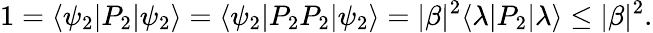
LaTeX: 1=\langle\psi_{2}\vert P_{2}\vert\psi_{2}\rangle=\langle\psi_{2}\vert P_{2}P_{2}\vert\psi_{2}\rangle=|\beta|^{2}\langle\lambda\vert P_{2}\vert\lambda\rangle\le|\beta|^{2}.